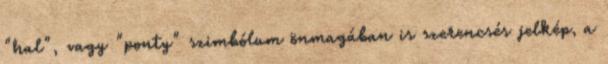
"hal", vagy "ponty" szimbólum önmagában is szerencsés jelkép, a